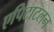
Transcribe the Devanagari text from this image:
एपिटाटलन